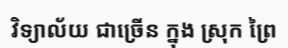
វិទ្យាល័យ ជាច្រើន ក្នុង ស្រុក ព្រៃ